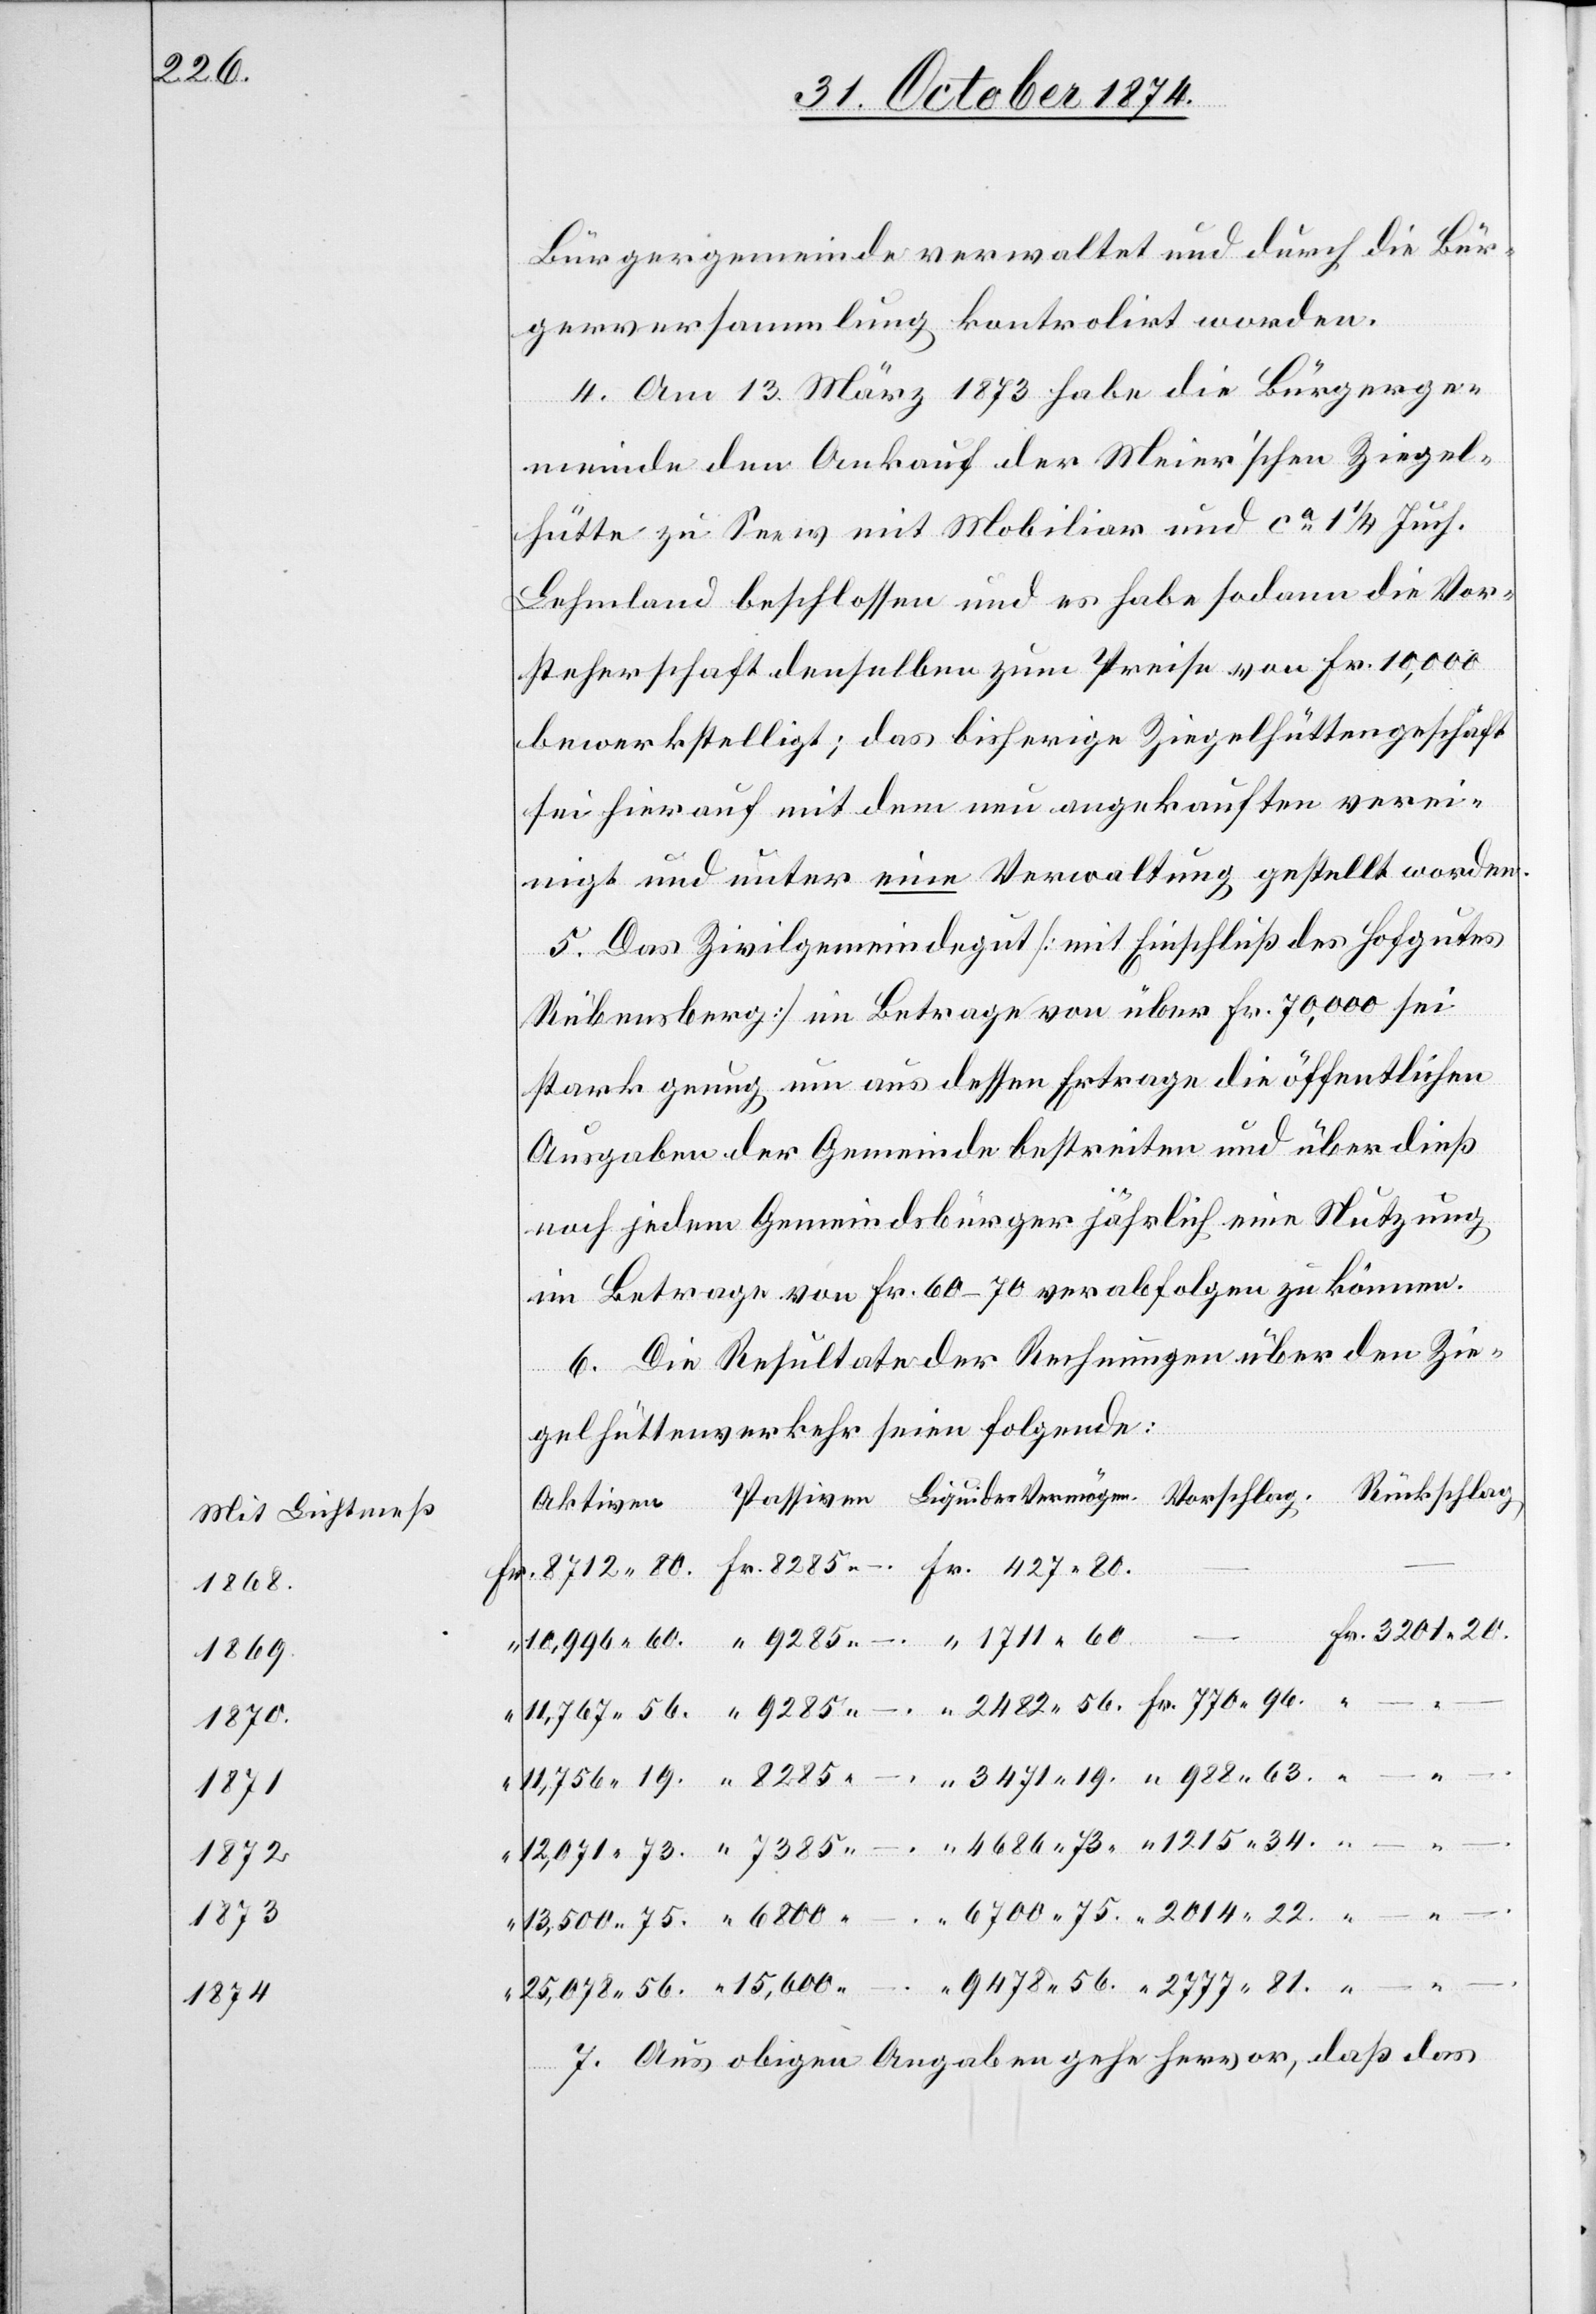
1215.34.

Mit Lichtmeß
1868.
1711.60
9478.56.
2777.81.
1872
1873
1874

Bürgergemeinde verwaltet und durch die Bür¬
gerversammlung kontrolirt worden.
4. Am 13. März 1873 habe die Bürgerge¬
meinde den Ankauf der Meier’schen Ziegel¬
hütte zu Seen mit Mobiliar und ca 1 1/4 Juch.
Lehmland beschlossen und es habe sodann die Vor¬
steherschaft denselben zum Preise von Fr. 10,000
bewerkstelligt, das bisherige Ziegelhüttengeschäft
sei hierauf mit dem neu angekauften verei¬
nigt und unter eine Verwaltung gestellt worden.
5. Das Zivilgemeindegut [mit Einschluß des Hofgutes
Rübensberg] im Betrage von über Fr. 70,000 sei
stark genug um aus dessen Ertrage die öffentlichen
Ausgaben der Gemeinde bestreiten und überdieß
noch jedem Gemeindsbürger jährlich eine Nutzung
im Betrage von Fr. 60–70 verabfolgen zu können.
6. Die Resultate der Rechnungen über den Zi¬
gelhüttenverkehr seien folgende:
Rückschlag.
7. Aus obigen Angaben gehe hervor, daß das